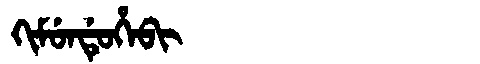
Manchu: ᡴᡳᠮᡠᠨᡩᡠᡥᡝᠪᡳ
Romanization: KIMUNDUHEBI